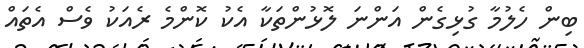
ބިން ހެލުމާ ގުޅިގެން އަންނަ ލޮޅުންތަކާ އެކު ކޮންމެ ރެއަކު ވެސް އެތައް